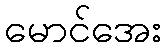
မောင်အေး